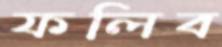
ফলিব